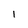
Character: 1